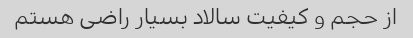
از حجم و کیفیت سالاد بسیار راضی هستم